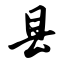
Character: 县